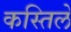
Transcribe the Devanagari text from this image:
कस्तिले